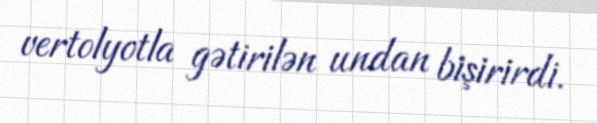
vertolyotla gətirilən undan bişirirdi.